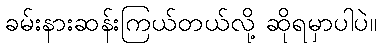
ခမ်းနားဆန်းကြယ်တယ်လို့ ဆိုရမှာပါပဲ။